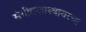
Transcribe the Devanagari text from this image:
संगीतशास्त्रावरचा